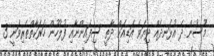
މޫސުން ދެ އުޅަނދެއް ދިޔަވެ އަޑިއަށް ދާތީ ސިފައިންނާއި ފުލުހުން ހަރަކާތްތެރިވަނީ 3